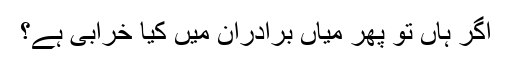
اگر ہاں تو پھر میاں برادران میں کیا خرابی ہے؟